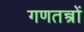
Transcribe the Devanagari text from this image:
गणतन्त्रों